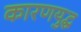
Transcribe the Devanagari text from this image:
कारणयुद्ध